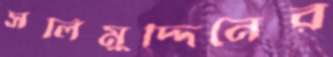
সলিমুদ্দিনের